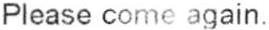
PLEASE COME AGAIN.